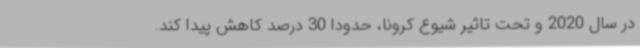
در سال 2020 و تحت تاثیر شیوع کرونا، حدودا 30 درصد کاهش پیدا کند.